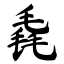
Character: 毳